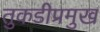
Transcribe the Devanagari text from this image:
तुकडीप्रमुख